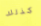
كذلك